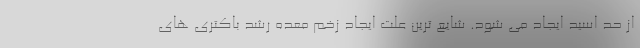
از حد اسید ایجاد می شود. شایع ترین علت ایجاد زخم معده رشد باکتری های